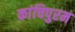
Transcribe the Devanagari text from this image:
कांचिपुरम